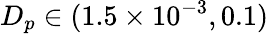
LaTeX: {D_{p}}\in(1.5\times{10^{-3}},0.1)